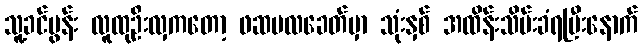
သူ့ခင်ပွန်း လူထုဦးလှကတော့ ဖဆပလခေတ်မှာ သုံးနှစ် အထိန်းသိမ်းခံရပြီးနောက်